Madras plague regulations in force outside the Presidency town - Volume 3
Disease focus: Plague
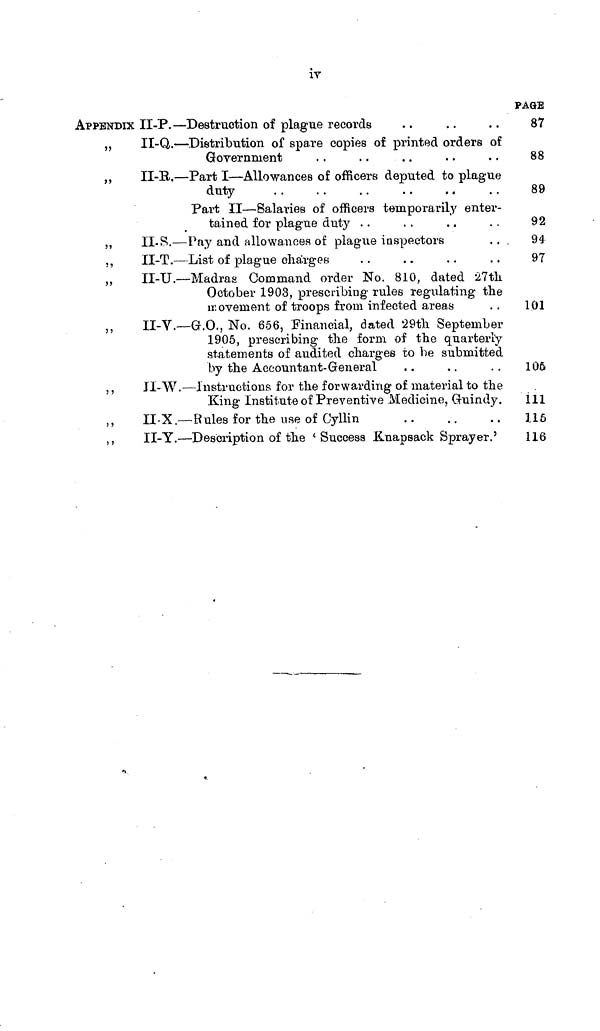
iv
APPENDIX
"
»
!>
5?
»
"
"
) )
II-P. — Destruction of plague records
II-Q. — Distribution of spare copies of printed orders of
Government
II-R. — Part I — Allowances of officers deputed to plague
duty
Part II — Salaries of officers temporarily enter-
tained for plague duty . .
II- S. — Pay and allowances of plague inspectors
II-T. — List of plague charges
II-U. — Madras Command order No. 810, dated ¿7th
October 1903, prescribing rules regulating the
movement of troops from infected areas
II-V.— G.O., No. 656, Financial, dated 29th September
1905, prescribing the form of the quarterly
statements of audited charges to be submitted
by the Accountant- General
II-W. — Instructions for the forwarding of material to the
King Institute of Preventive Medicine, Guindy.
II-X. — Rules for the use of Cyllin
II-Y. — Description of the ' Success Knapsack Sprayer.'
PAGE
87
88
89
92
94
97
101
106
in
115
116